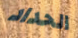
الحداد